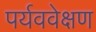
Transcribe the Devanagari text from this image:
पर्यववेक्षण